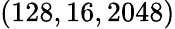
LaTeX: (128,16,2048)